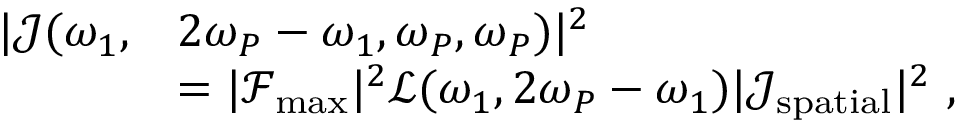
\begin{array} { r l } { | \mathcal { J } ( \omega _ { 1 } , } & { 2 \omega _ { P } - \omega _ { 1 } , \omega _ { P } , \omega _ { P } ) | ^ { 2 } } \\ & { = | \mathcal { F } _ { \mathrm { m a x } } | ^ { 2 } \mathcal { L } ( \omega _ { 1 } , 2 \omega _ { P } - \omega _ { 1 } ) | \mathcal { J } _ { \mathrm { s p a t i a l } } | ^ { 2 } \ , } \end{array}